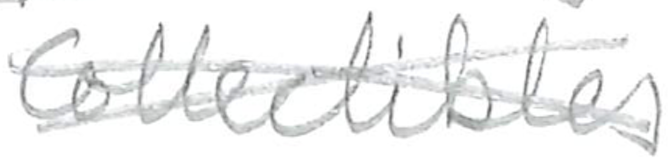
Text: Collectibles.
Cross-out: cross
Writing tool: pencil